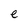
Character: e